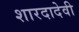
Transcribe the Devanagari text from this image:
शारदादेवी